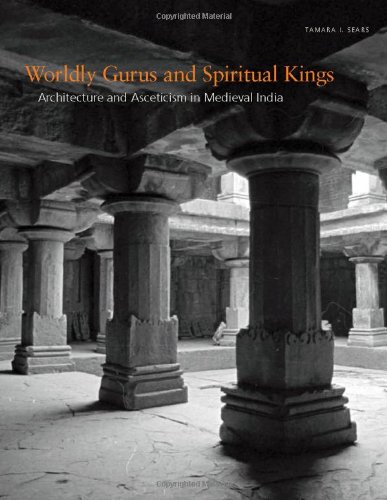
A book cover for Worldly Gurus and Spiritual Kings: Architecture and Asceticism in Medieval India; Prof. Tamara I. Sears; Religion & Spirituality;